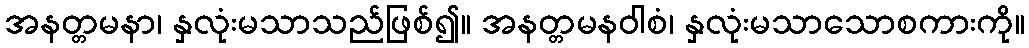
အနတ္တမနာ၊ နှလုံးမသာသည်ဖြစ်၍။ အနတ္တမနဝါစံ၊ နှလုံးမသာသောစကားကို။